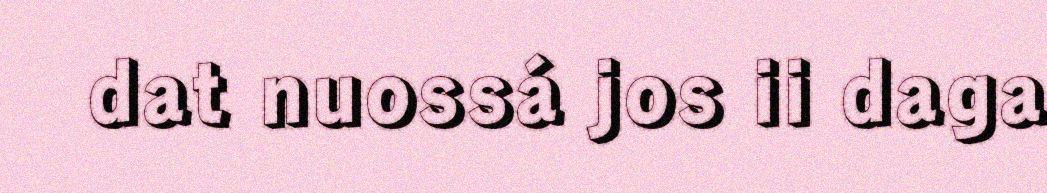
dat nuossá jos ii daga